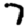
Digit: 7